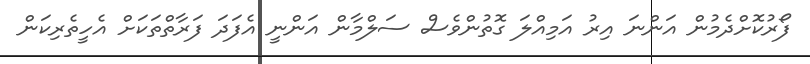
ފޯރުކޮށްދެމުން އަންނަ އިރު އަމިއްލަ ގޮތުންވެސް ސަލްމާން އަންނީ އެފަދަ ފަރާތްތަކަށް އެހީތެރިކަން